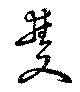
双